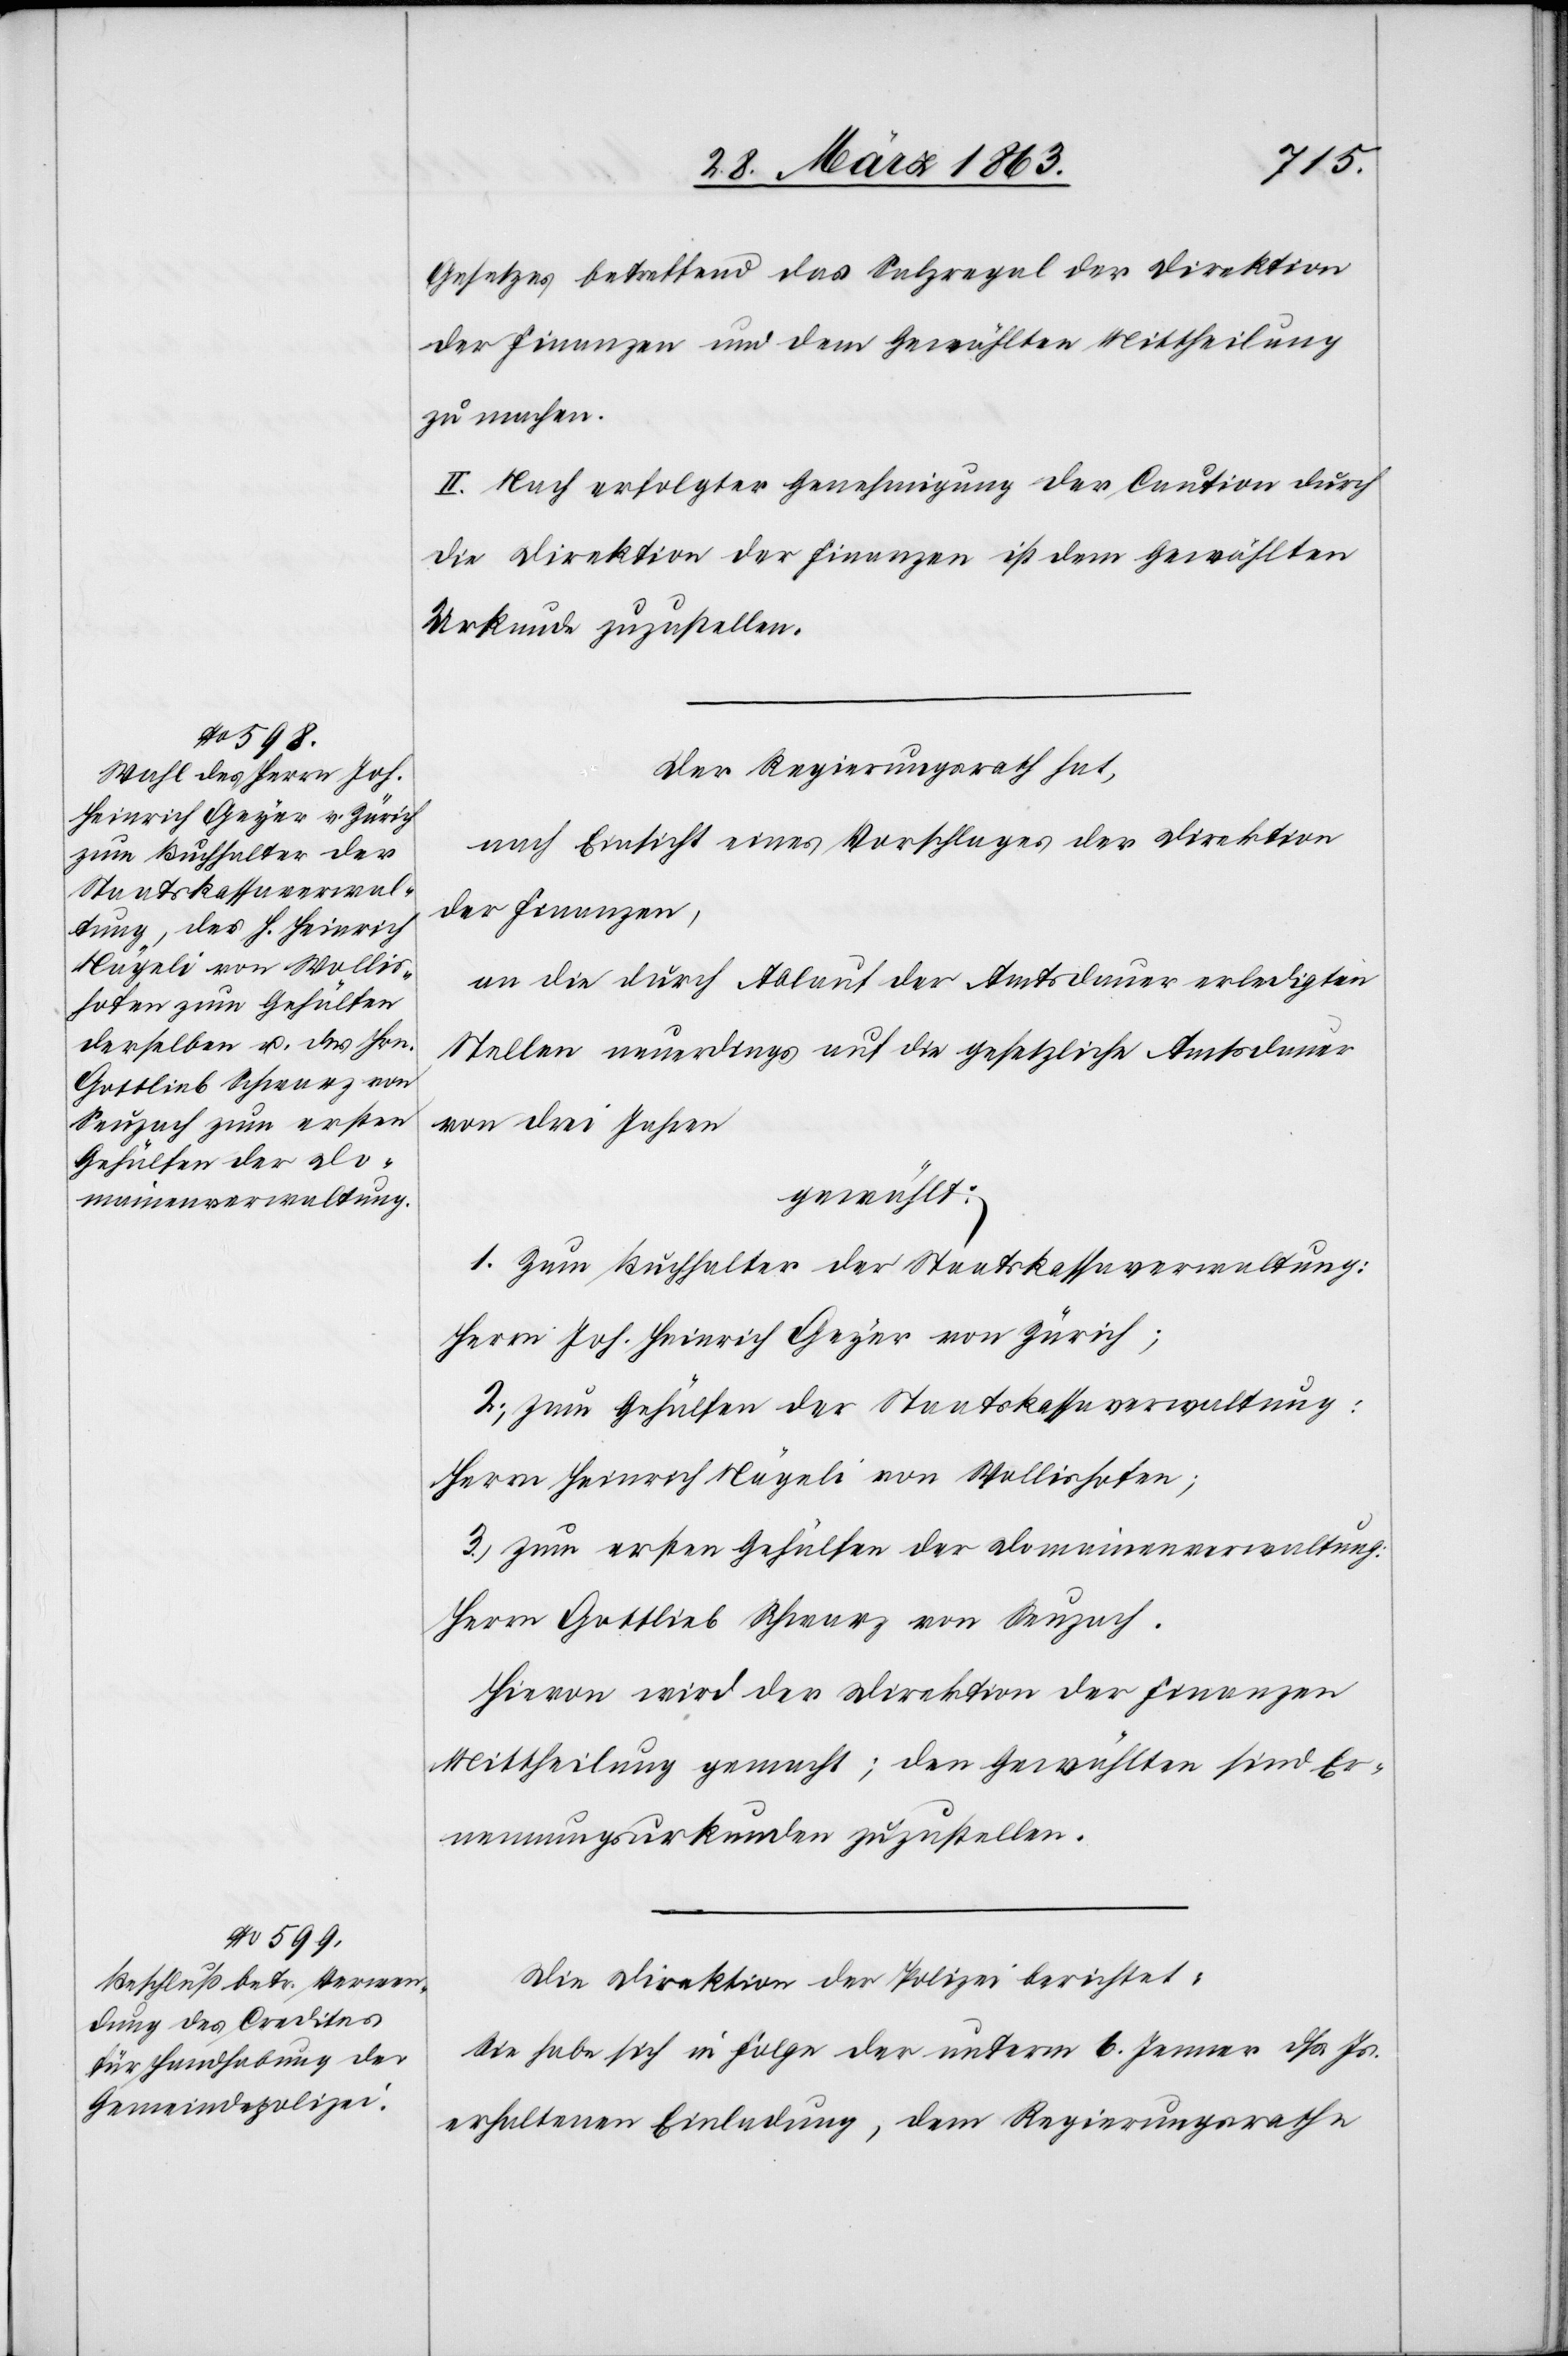
Gesetzes betreffend das Salzregal der Direktion
der Finanzen und dem Gewählten Mittheilung
zu machen.
II. Nach erfolgter Genehmigung der Caution durch
die Direktion der Finanzen ist dem Gewählten
Urkunde zuzustellen.
Der Regierungsrath hat,
nach Einsicht eines Vorschlages der Direktion
der Finanzen,
an die durch Ablauf der Amtsdauer erledigten
Stellen neuerdings auf die gesetzliche Amtsdauer
von drei Jahren
gewählt:
1.) Zum Buchhalter der Staatskassaverwaltung:
Herrn Joh. Heinrich Geyer von Zürich;
2.) zum Gehülfen der Staatskassaverwaltung:
Herrn Heinrich Nägeli von Wollishofen;
3.) zum ersten Gehülfen der Domainenverwaltung:
Herrn Gottlieb Schwarz von Seuzach.
Hievon wird der Direktion der Finanzen
Mittheilung gemacht; den Gewählten sind Er¬
nennungsurkunden zuzustellen.
Die Direktion der Polizei berichtet:
Sie habe sich in Folge der unterm 6. Jenner dß. Js.
erhaltenen Einladung, dem Regierungsrathe